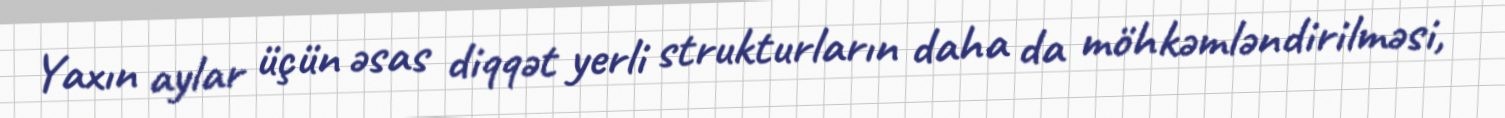
Yaxın aylar üçün əsas diqqət yerli strukturların daha da möhkəmləndirilməsi,